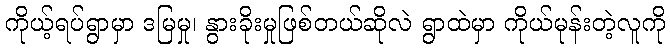
ကိုယ့်ရပ်ရွာမှာ ဒမြမှု၊ နွားခိုးမှုဖြစ်တယ်ဆိုလဲ ရွာထဲမှာ ကိုယ်မုန်းတဲ့လူကို